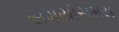
સમયોસમય